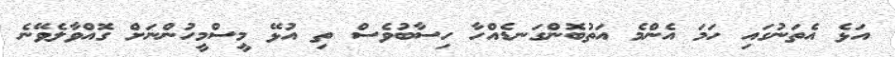
އަޅެ އެތަނުގައި ހަމަ އެންމެ އަތުބޮންގަނޑެއްހާ ހިސާބުވެސް ތި އުޅޭ މީސްމީހުންނަށް ގޮއްވާލެވޭނެ